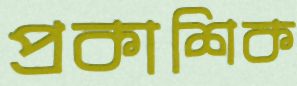
প্রকাশিক